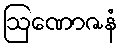
ဩဏောဇနံ